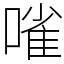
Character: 𠻘